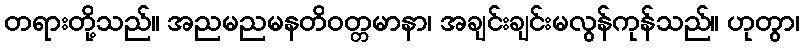
တရားတို့သည်။ အညမညမနတိဝတ္တမာနာ၊ အချင်းချင်းမလွန်ကုန်သည်။ ဟုတွာ၊